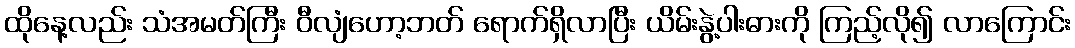
ထိုနေ့လည်း သံအမတ်ကြီး ဝီလျံဟော့ဘတ် ရောက်ရှိလာပြီး ယိမ်းနွဲ့ပါးဓားကို ကြည့်လို၍ လာကြောင်း